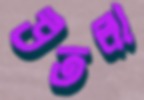
উতলা